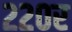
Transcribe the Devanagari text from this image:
२२०र